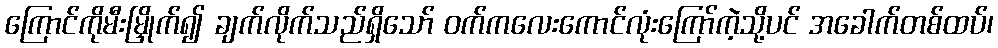
ကြောင်ကိုမီးမြှိုက်၍ ချက်လိုက်သည်ရှိသော် ဝက်ကလေးကောင်လုံးကြော်ကဲ့သို့ပင် အခေါက်တစ်ထပ်၊